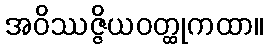
အဝိဿဇ္ဇိယဝတ္ထုကထာ။